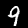
Digit: 9